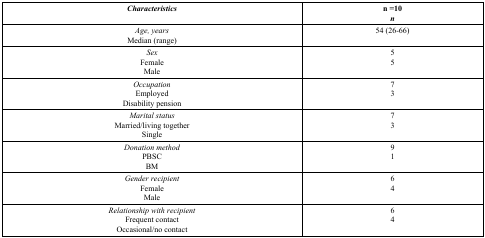
<table><thead><tr><td><b><i>Characteristics</i></b></td><td><b>n =10<i>n</i></b></td></tr></thead><tbody><tr><td><i>Age, years</i>Median (range)</td><td>54 (26-66)</td></tr><tr><td><i>Sex</i>FemaleMale</td><td>55</td></tr><tr><td><i>Occupation</i>EmployedDisability pension</td><td>73</td></tr><tr><td><i>Marital status</i>Married/living togetherSingle</td><td>73</td></tr><tr><td><i>Donation method</i>PBSCBM</td><td>91</td></tr><tr><td><i>Gender recipient</i>FemaleMale</td><td>64</td></tr><tr><td><i>Relationship with recipient</i>Frequent contactOccasional/no contact</td><td>64</td></tr></tbody></table>